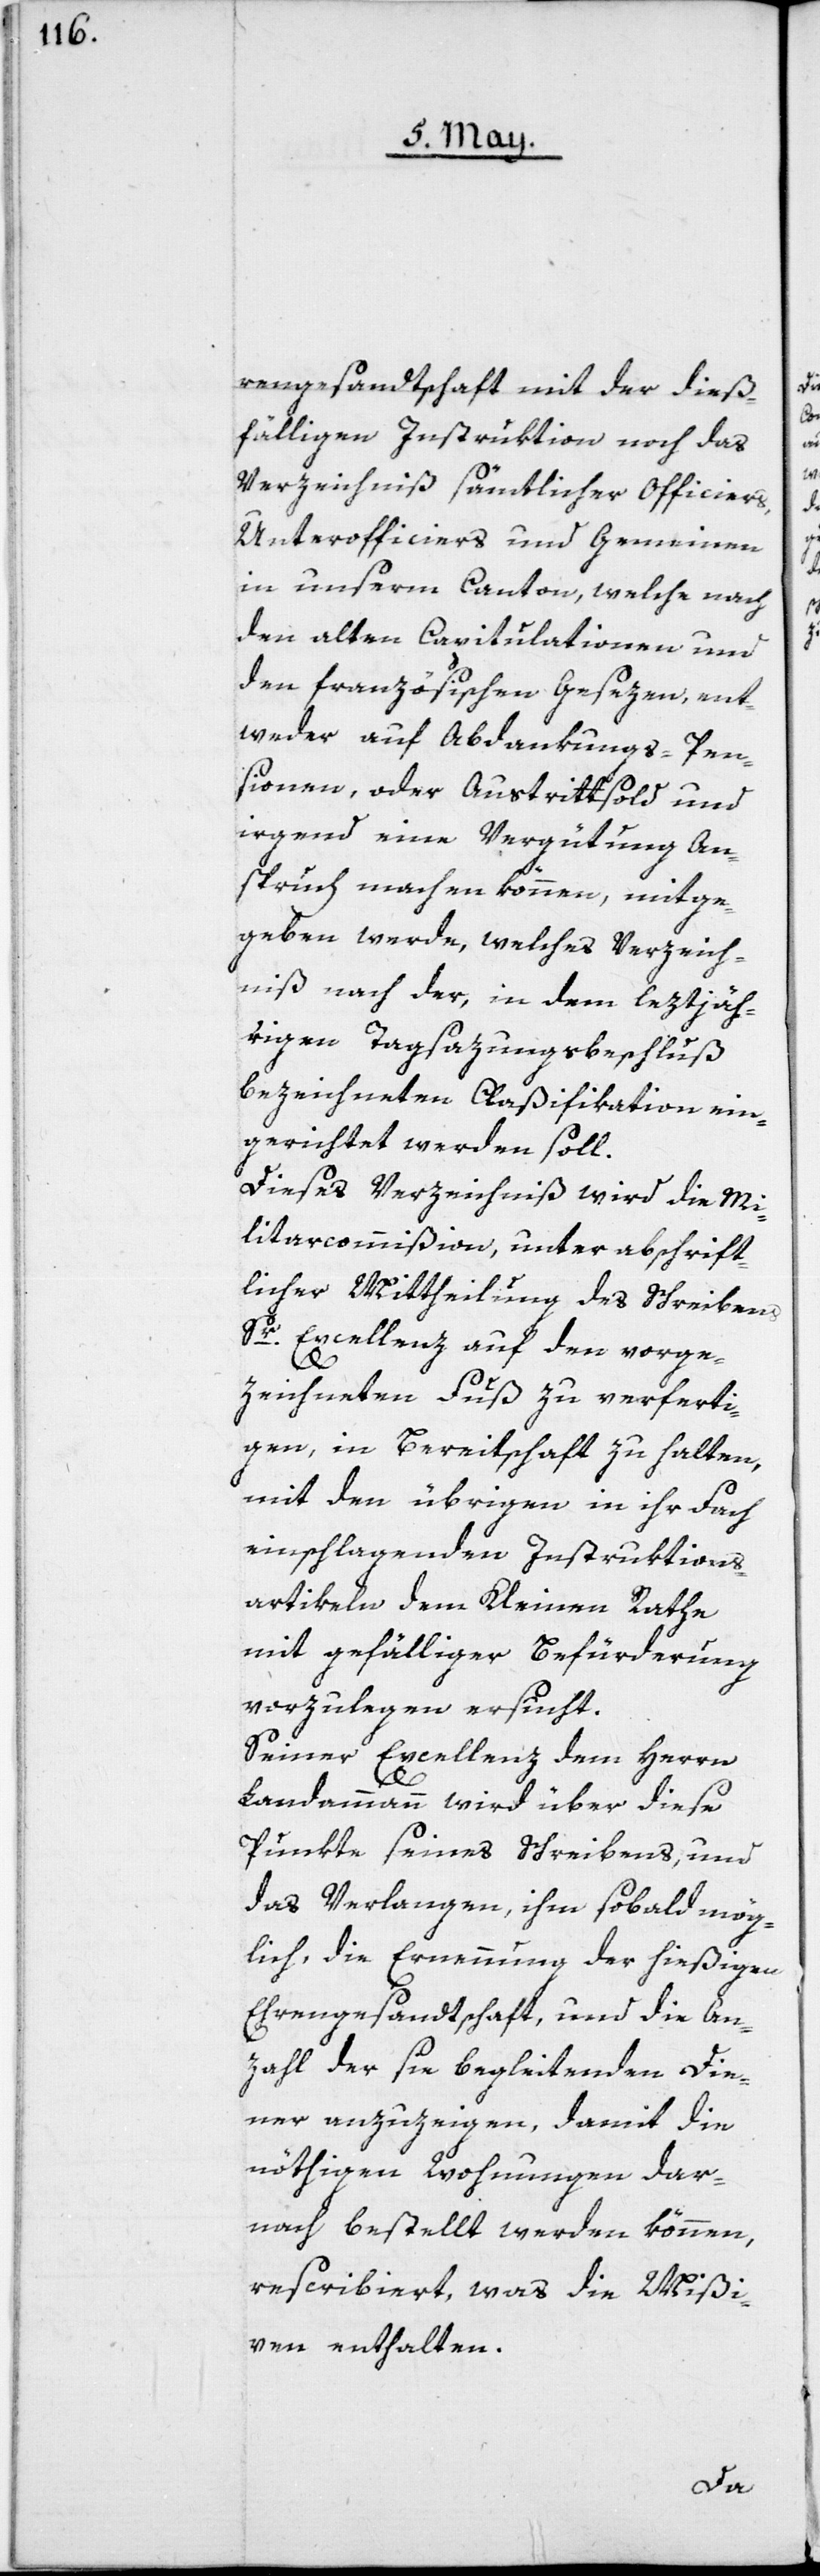
rengesandtschaft mit der dieß¬
fälligen Instruktion noch das
Verzeichniß sämtlicher Officiers,
Unterofficiers und Gemeinen
in unserm Canton, welche nach
den alten Capitulationen und
den französischen Gesezen, ent¬
weder auf Abdankungs-Pen¬
sionen oder Austrittsold und
irgend eine Vergütung An¬
spruch machen können, mitge¬
geben werde, welches Verzeich¬
niß nach der, in dem leztjäh¬
rigen Tagsazungsbeschluß
bezeichneten Claßification ein¬
gerichtet werden soll.
Dieses Verzeichniß wird die Mi¬
litarcommißion unter abschrift¬
licher Mittheilung des Schreibens
Sr Excellenz auf den vorge¬
zeichneten Fuß zu verferti¬
gen, in Bereitschaft zu halten,
mit den übrigen in ihr Fach
einschlagenden Instruktions¬
artikeln dem Kleinen Rathe
mit gefälliger Befürderung
vorzulegen ersucht.
Seiner Excellenz dem Herrn
Landammann wird über diese
Punkte seines Schreibens, und
das Verlangen, ihm sobald mög¬
lich, die Ernennung der hießigen
Ehrengesandtschaft, und die An¬
zahl der sie begleitenden Die¬
ner anzuzeigen, damit die
nöthigen Wohnungen dar¬
nach bestellt werden können,
rescribiert, was die Mißi¬
ven enthalten.